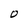
Character: 0